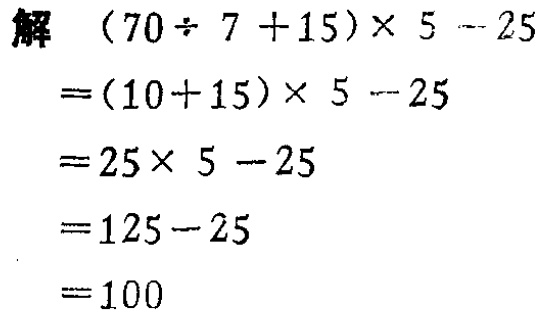
\[

\begin{align*}

&(70\div7 + 15)\times5 - 25\\

=&(10 + 15)\times5 - 25\\

=&25\times5 - 25\\

=&125 - 25\\

=&100

\end{align*}

\]